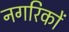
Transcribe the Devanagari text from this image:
नगरिकों